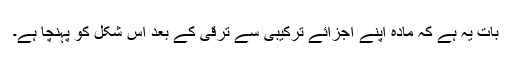
بات یہ ہے کہ مادہ اپنے اجزائے ترکیبی سے ترقی کے بعد اس شکل کو پہنچا ہے۔